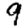
Digit: 9